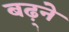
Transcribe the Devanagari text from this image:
बढ़्ने